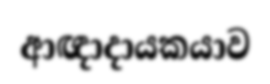
ආඥාදායකයාව